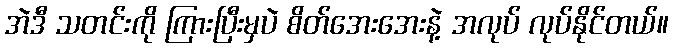
အဲဒီ သတင်းကို ကြားပြီးမှပဲ စိတ်အေးအေးနဲ့ အလုပ် လုပ်နိုင်တယ်။